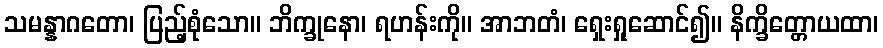
သမန္နာဂတော၊ ပြည့်စုံသော။ ဘိက္ခုနော၊ ရဟန်းကို။ အာဘတံ၊ ရှေးရှုဆောင်၍။ နိက္ခိတ္တောယထာ၊